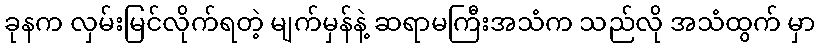
ခုနက လှမ်းမြင်လိုက်ရတဲ့ မျက်မှန်နဲ့ ဆရာမကြီးအသံက သည်လို အသံထွက် မှာ